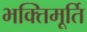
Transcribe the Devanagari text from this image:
भक्तिमूर्ति